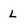
Character: L